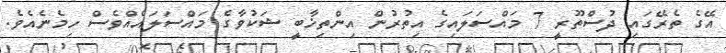
އޭގެ ތެރޭގައި ދުސްތޫރީ 7 މައްސަލައިގެ އިތުރުން އިންތިޚާބީ ޝަކުވާގެ މައްސަލައެއްވެސް ހިމެނެއެވެ.